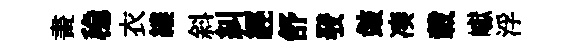
畫稳衣縷斜糾經舒𤼲皷凑載巘浮